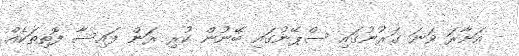
- އަށާރަ ވަނަ ގަރުނުގައި ސްޕޭނުގައި ބޭނުން ކުރި ރަން ފައިސާ ފޮތިތަކެއް